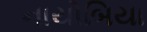
નાયોબિયા